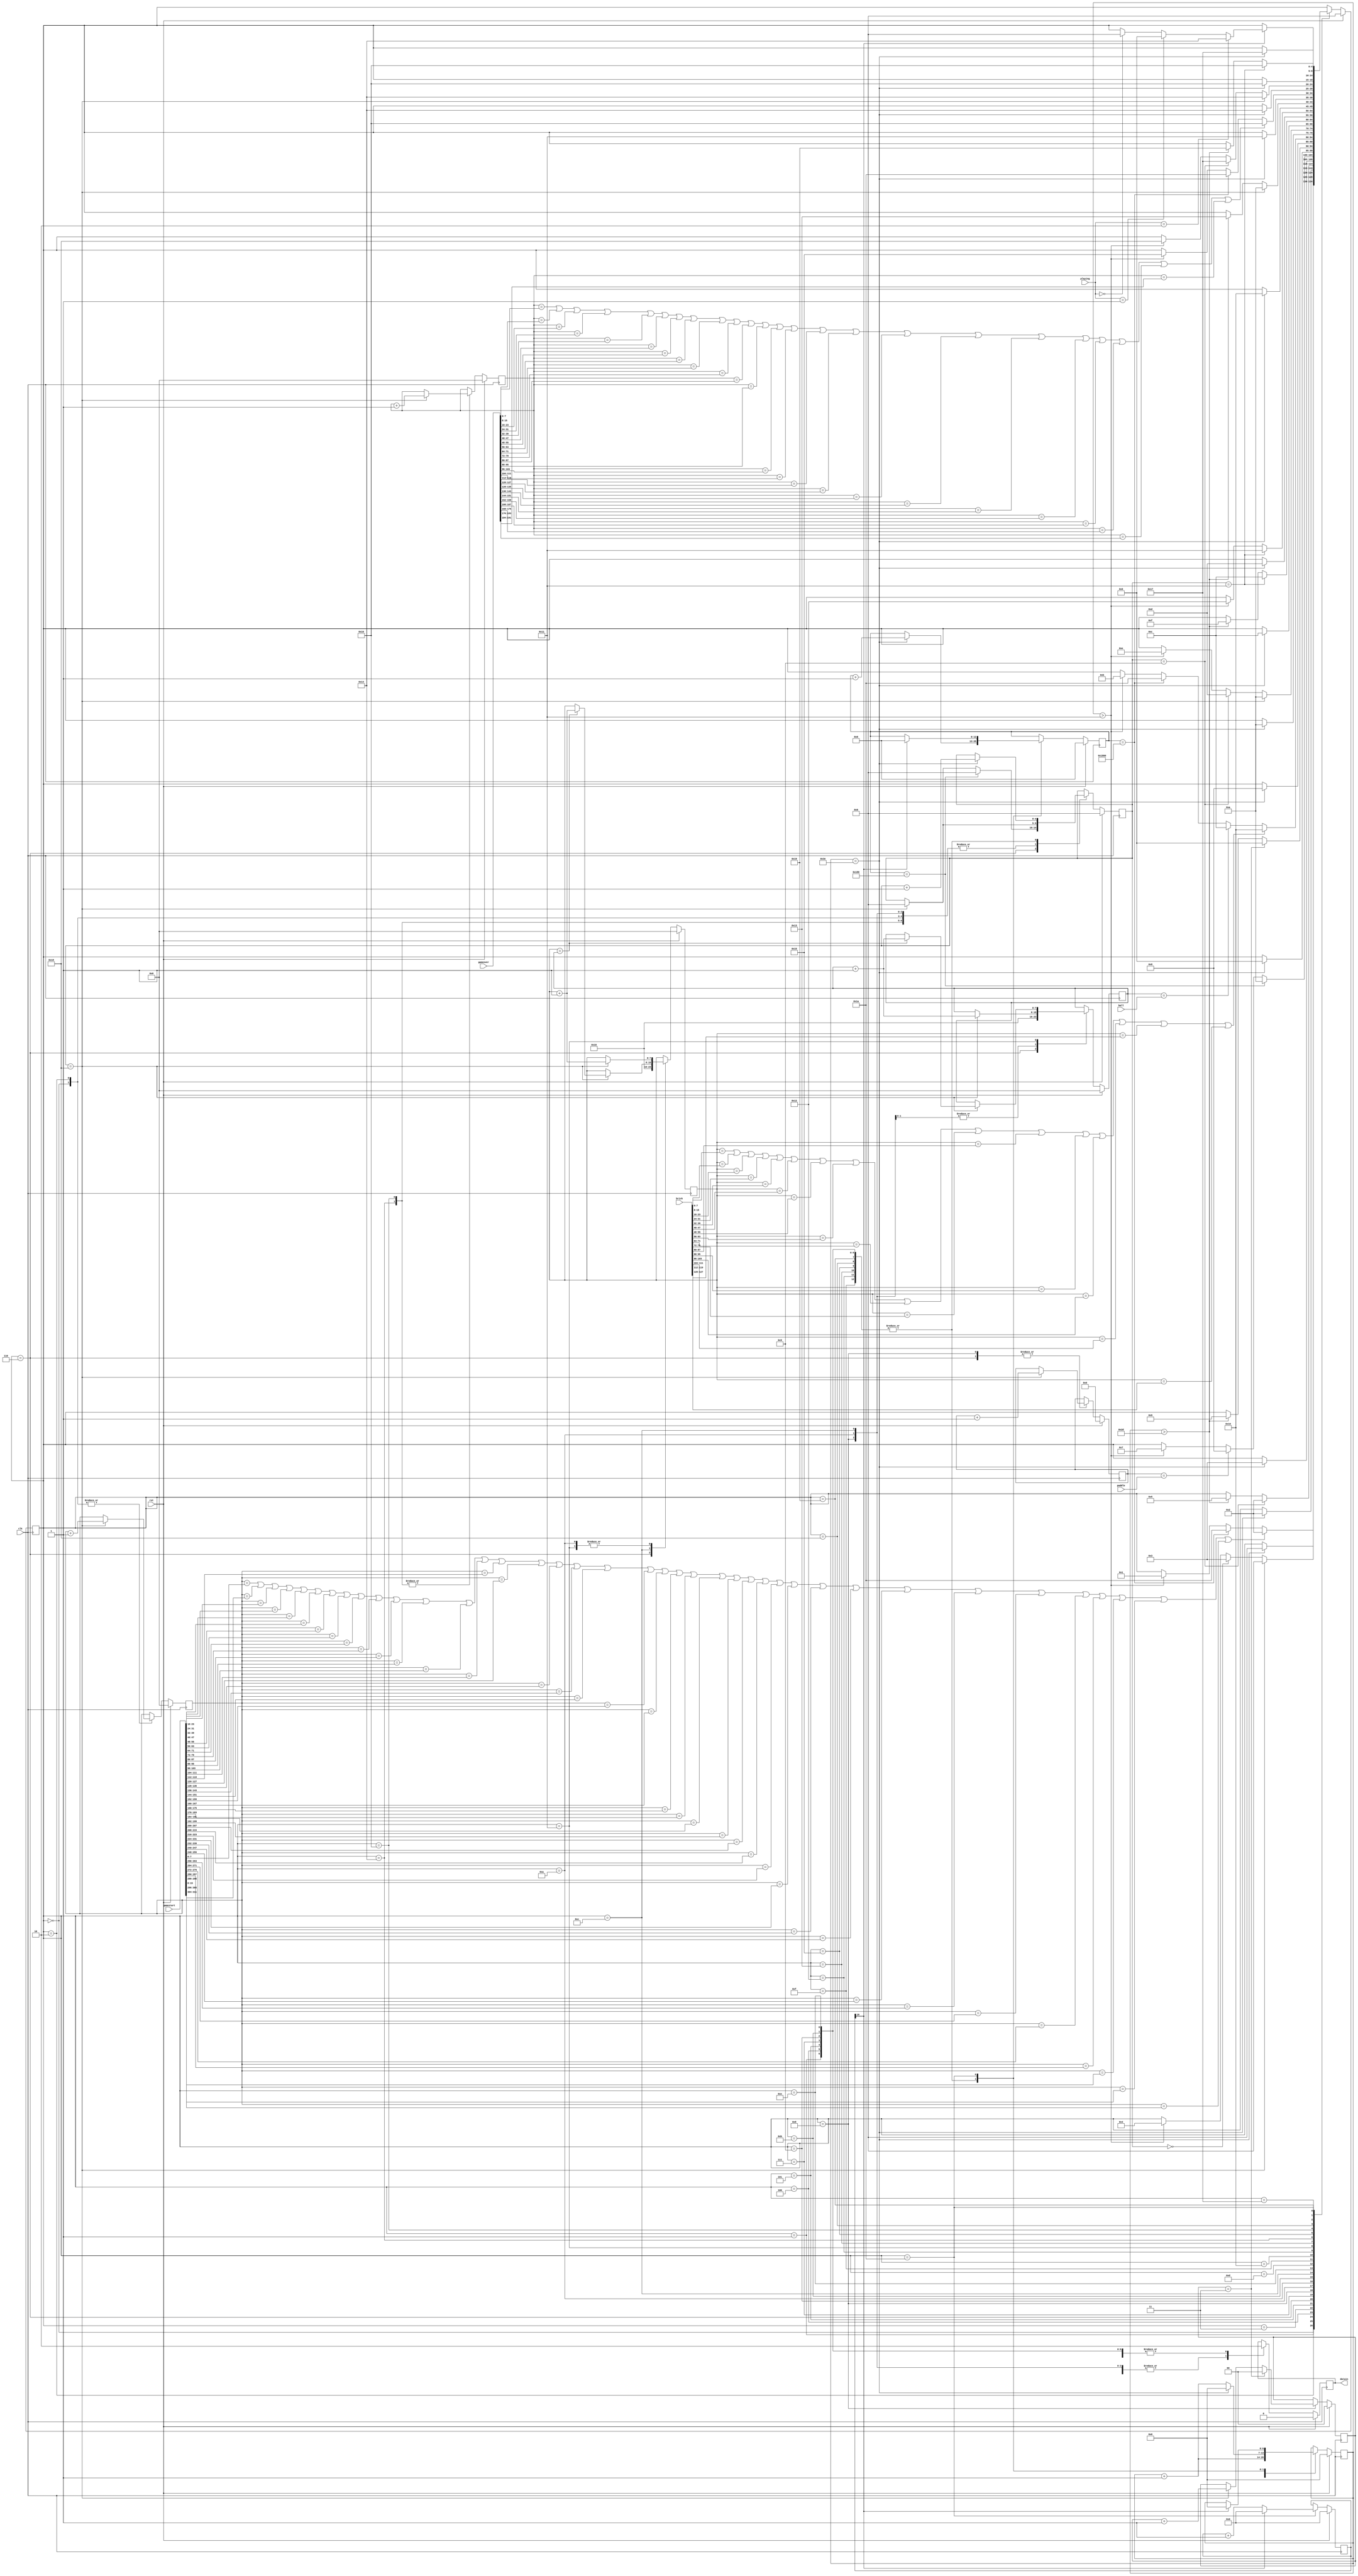
/*
   This file was generated automatically by the Mojo IDE version B1.3.6.
   Do not edit this file directly. Instead edit the original Lucid source.
   This is a temporary file and any changes made to it will be destroyed.
*/

module ws2812b_3 (
    input clk,
    input rst,
    input [3:0] paddle,
    input [7:0] ball,
    input [127:0] brick,
    output reg datain,
    input [1:0] playing,
    input [311:0] gamestart,
    input [191:0] gameover
  );
  
  
  
  reg [6:0] value;
  
  reg [6:0] M_timecounter_d, M_timecounter_q = 1'h0;
  reg [12:0] M_tbitcounter_d, M_tbitcounter_q = 1'h0;
  reg [4:0] M_bitcounter_d, M_bitcounter_q = 1'h0;
  reg [3:0] M_paddlecounter_d, M_paddlecounter_q = 1'h0;
  reg [1:0] M_paddlelencounter_d, M_paddlelencounter_q = 1'h0;
  reg [7:0] M_ballcounter_d, M_ballcounter_q = 1'h0;
  reg [7:0] M_gamestartcounter_d, M_gamestartcounter_q = 1'h0;
  reg [7:0] M_gameovercounter_d, M_gameovercounter_q = 1'h0;
  reg [7:0] M_brickcounter_d, M_brickcounter_q = 1'h0;
  reg M_bit_d, M_bit_q = 1'h0;
  reg [16:0] M_pause_d, M_pause_q = 1'h0;
  localparam GSONELOW_state = 5'd0;
  localparam GSZEROLOW_state = 5'd1;
  localparam GSGREENONELOW_state = 5'd2;
  localparam GSGREENONEHIGH_state = 5'd3;
  localparam GSGREENZEROLOW_state = 5'd4;
  localparam GSGREENZEROHIGH_state = 5'd5;
  localparam PONELOW_state = 5'd6;
  localparam PZEROLOW_state = 5'd7;
  localparam PONEHIGH_state = 5'd8;
  localparam PZEROHIGH_state = 5'd9;
  localparam BONELOW_state = 5'd10;
  localparam BZEROLOW_state = 5'd11;
  localparam BREDONELOW_state = 5'd12;
  localparam BREDONEHIGH_state = 5'd13;
  localparam BREDZEROLOW_state = 5'd14;
  localparam BREDZEROHIGH_state = 5'd15;
  localparam BBLUEONELOW_state = 5'd16;
  localparam BBLUEONEHIGH_state = 5'd17;
  localparam BBLUEZEROLOW_state = 5'd18;
  localparam BBLUEZEROHIGH_state = 5'd19;
  localparam GOONELOW_state = 5'd20;
  localparam GOZEROLOW_state = 5'd21;
  localparam GOREDONELOW_state = 5'd22;
  localparam GOREDONEHIGH_state = 5'd23;
  localparam GOREDZEROLOW_state = 5'd24;
  localparam GOREDZEROHIGH_state = 5'd25;
  localparam PAUSE_state = 5'd26;
  
  reg [4:0] M_state_d, M_state_q = GSONELOW_state;
  
  always @* begin
    M_state_d = M_state_q;
    M_pause_d = M_pause_q;
    M_bit_d = M_bit_q;
    M_paddlelencounter_d = M_paddlelencounter_q;
    M_paddlecounter_d = M_paddlecounter_q;
    M_brickcounter_d = M_brickcounter_q;
    M_gameovercounter_d = M_gameovercounter_q;
    M_ballcounter_d = M_ballcounter_q;
    M_bitcounter_d = M_bitcounter_q;
    M_gamestartcounter_d = M_gamestartcounter_q;
    M_tbitcounter_d = M_tbitcounter_q;
    M_timecounter_d = M_timecounter_q;
    
    value = 6'h2d;
    
    case (M_state_q)
      GSONELOW_state: begin
        M_bit_d = 1'h1;
        M_timecounter_d = M_timecounter_q + 1'h1;
        if (M_timecounter_q > 5'h11) begin
          M_state_d = GSZEROLOW_state;
        end
        if (M_bitcounter_q == 5'h18) begin
          M_gamestartcounter_d = M_gamestartcounter_q + 1'h1;
          M_bitcounter_d = 1'h0;
        end
        if (M_tbitcounter_q == 13'h1800) begin
          M_state_d = PAUSE_state;
        end
        if (M_gamestartcounter_q == gamestart[0+7-:8] || M_gamestartcounter_q == gamestart[8+7-:8] || M_gamestartcounter_q == gamestart[16+7-:8] || M_gamestartcounter_q == gamestart[24+7-:8] || M_gamestartcounter_q == gamestart[32+7-:8] || M_gamestartcounter_q == gamestart[40+7-:8] || M_gamestartcounter_q == gamestart[48+7-:8] || M_gamestartcounter_q == gamestart[56+7-:8] || M_gamestartcounter_q == gamestart[64+7-:8] || M_gamestartcounter_q == gamestart[72+7-:8] || M_gamestartcounter_q == gamestart[80+7-:8] || M_gamestartcounter_q == gamestart[88+7-:8] || M_gamestartcounter_q == gamestart[96+7-:8] || M_gamestartcounter_q == gamestart[104+7-:8] || M_gamestartcounter_q == gamestart[112+7-:8] || M_gamestartcounter_q == gamestart[120+7-:8] || M_gamestartcounter_q == gamestart[128+7-:8] || M_gamestartcounter_q == gamestart[136+7-:8] || M_gamestartcounter_q == gamestart[144+7-:8] || M_gamestartcounter_q == gamestart[152+7-:8] || M_gamestartcounter_q == gamestart[160+7-:8] || M_gamestartcounter_q == gamestart[168+7-:8] || M_gamestartcounter_q == gamestart[176+7-:8] || M_gamestartcounter_q == gamestart[184+7-:8] || M_gamestartcounter_q == gamestart[192+7-:8] || M_gamestartcounter_q == gamestart[200+7-:8] || M_gamestartcounter_q == gamestart[208+7-:8] || M_gamestartcounter_q == gamestart[216+7-:8] || M_gamestartcounter_q == gamestart[224+7-:8] || M_gamestartcounter_q == gamestart[232+7-:8] || M_gamestartcounter_q == gamestart[240+7-:8] || M_gamestartcounter_q == gamestart[248+7-:8] || M_gamestartcounter_q == gamestart[256+7-:8] || M_gamestartcounter_q == gamestart[264+7-:8] || M_gamestartcounter_q == gamestart[272+7-:8] || M_gamestartcounter_q == gamestart[280+7-:8] || M_gamestartcounter_q == gamestart[288+7-:8] || M_gamestartcounter_q == gamestart[296+7-:8] || M_gamestartcounter_q == gamestart[304+7-:8]) begin
          M_state_d = GSGREENONELOW_state;
        end
      end
      GSZEROLOW_state: begin
        M_bit_d = 1'h0;
        M_timecounter_d = M_timecounter_q + 1'h1;
        if (M_timecounter_q == 6'h3e) begin
          M_tbitcounter_d = M_tbitcounter_q + 1'h1;
          M_bitcounter_d = M_bitcounter_q + 1'h1;
          M_timecounter_d = 1'h0;
          M_state_d = GSONELOW_state;
        end
      end
      GSGREENONELOW_state: begin
        M_bit_d = 1'h1;
        M_timecounter_d = M_timecounter_q + 1'h1;
        if (M_timecounter_q > 5'h11) begin
          M_state_d = GSGREENZEROLOW_state;
        end
        if (M_bitcounter_q == 1'h0) begin
          M_state_d = GSGREENONEHIGH_state;
        end
        if (M_bitcounter_q == 5'h18) begin
          M_bitcounter_d = 1'h0;
          M_gamestartcounter_d = M_gamestartcounter_q + 1'h1;
          M_state_d = GSONELOW_state;
        end
      end
      GSGREENZEROLOW_state: begin
        M_bit_d = 1'h0;
        M_timecounter_d = M_timecounter_q + 1'h1;
        if (M_timecounter_q == 6'h3e) begin
          M_tbitcounter_d = M_tbitcounter_q + 1'h1;
          M_bitcounter_d = M_bitcounter_q + 1'h1;
          M_timecounter_d = 1'h0;
          M_state_d = GSGREENONELOW_state;
        end
      end
      GSGREENONEHIGH_state: begin
        M_bit_d = 1'h1;
        M_timecounter_d = M_timecounter_q + 1'h1;
        if (M_timecounter_q > value) begin
          M_state_d = GSGREENZEROHIGH_state;
        end
        if (M_bitcounter_q == 4'h9) begin
          M_state_d = GSGREENONELOW_state;
        end
      end
      GSGREENZEROHIGH_state: begin
        M_bit_d = 1'h0;
        M_timecounter_d = M_timecounter_q + 1'h1;
        if (M_timecounter_q == 6'h3e) begin
          M_tbitcounter_d = M_tbitcounter_q + 1'h1;
          M_bitcounter_d = M_bitcounter_q + 1'h1;
          M_timecounter_d = 1'h0;
          M_state_d = GSGREENONEHIGH_state;
        end
      end
      PONELOW_state: begin
        M_bit_d = 1'h1;
        M_ballcounter_d = 5'h10;
        M_brickcounter_d = 5'h10;
        M_timecounter_d = M_timecounter_q + 1'h1;
        if (M_timecounter_q > 5'h11) begin
          M_state_d = PZEROLOW_state;
        end
        if (M_bitcounter_q == 5'h18) begin
          M_paddlecounter_d = M_paddlecounter_q + 1'h1;
          M_bitcounter_d = 1'h0;
        end
        if (M_paddlecounter_q == paddle) begin
          M_state_d = PONEHIGH_state;
        end
        if (M_tbitcounter_q == 9'h180) begin
          M_bitcounter_d = 1'h0;
          M_state_d = BONELOW_state;
        end
      end
      PZEROLOW_state: begin
        M_bit_d = 1'h0;
        M_timecounter_d = M_timecounter_q + 1'h1;
        if (M_timecounter_q == 6'h3e) begin
          M_tbitcounter_d = M_tbitcounter_q + 1'h1;
          M_bitcounter_d = M_bitcounter_q + 1'h1;
          M_timecounter_d = 1'h0;
          M_state_d = PONELOW_state;
        end
      end
      PONEHIGH_state: begin
        M_bit_d = 1'h1;
        M_timecounter_d = M_timecounter_q + 1'h1;
        if (M_timecounter_q > value) begin
          M_state_d = PZEROHIGH_state;
        end
        if (M_bitcounter_q == 5'h18) begin
          M_paddlecounter_d = M_paddlecounter_q + 1'h1;
          M_paddlelencounter_d = M_paddlelencounter_q + 1'h1;
          M_bitcounter_d = 1'h0;
        end
        if (M_paddlelencounter_q == 2'h3) begin
          M_paddlelencounter_d = 1'h0;
          M_state_d = PONELOW_state;
        end
      end
      PZEROHIGH_state: begin
        M_bit_d = 1'h0;
        M_timecounter_d = M_timecounter_q + 1'h1;
        if (M_timecounter_q == 6'h3e) begin
          M_tbitcounter_d = M_tbitcounter_q + 1'h1;
          M_bitcounter_d = M_bitcounter_q + 1'h1;
          M_timecounter_d = 1'h0;
          M_state_d = PONEHIGH_state;
        end
      end
      BONELOW_state: begin
        M_bit_d = 1'h1;
        M_timecounter_d = M_timecounter_q + 1'h1;
        if (M_timecounter_q > 5'h11) begin
          M_state_d = BZEROLOW_state;
        end
        if (M_bitcounter_q == 5'h18) begin
          M_ballcounter_d = M_ballcounter_q + 1'h1;
          M_brickcounter_d = M_brickcounter_q + 1'h1;
          M_bitcounter_d = 1'h0;
        end
        if (M_tbitcounter_q == 13'h1800) begin
          M_state_d = PAUSE_state;
        end
        if (M_ballcounter_q == ball) begin
          M_state_d = BREDONELOW_state;
        end
        if (M_brickcounter_q == brick[0+7-:8] || M_brickcounter_q == brick[8+7-:8] || M_brickcounter_q == brick[16+7-:8] || M_brickcounter_q == brick[24+7-:8] || M_brickcounter_q == brick[32+7-:8] || M_brickcounter_q == brick[40+7-:8] || M_brickcounter_q == brick[48+7-:8] || M_brickcounter_q == brick[56+7-:8] || M_brickcounter_q == brick[64+7-:8] || M_brickcounter_q == brick[72+7-:8] || M_brickcounter_q == brick[80+7-:8] || M_brickcounter_q == brick[88+7-:8] || M_brickcounter_q == brick[96+7-:8] || M_brickcounter_q == brick[104+7-:8] || M_brickcounter_q == brick[112+7-:8] || M_brickcounter_q == brick[120+7-:8]) begin
          M_state_d = BBLUEONELOW_state;
        end
      end
      BZEROLOW_state: begin
        M_bit_d = 1'h0;
        M_timecounter_d = M_timecounter_q + 1'h1;
        if (M_timecounter_q == 6'h3e) begin
          M_tbitcounter_d = M_tbitcounter_q + 1'h1;
          M_bitcounter_d = M_bitcounter_q + 1'h1;
          M_timecounter_d = 1'h0;
          M_state_d = BONELOW_state;
        end
      end
      BREDONELOW_state: begin
        M_bit_d = 1'h1;
        M_timecounter_d = M_timecounter_q + 1'h1;
        if (M_timecounter_q > 5'h11) begin
          M_state_d = BREDZEROLOW_state;
        end
        if (M_bitcounter_q == 4'h9) begin
          M_state_d = BREDONEHIGH_state;
        end
        if (M_bitcounter_q == 5'h18) begin
          if (M_brickcounter_q == M_ballcounter_q) begin
            M_brickcounter_d = M_brickcounter_q + 1'h1;
          end
          M_bitcounter_d = 1'h0;
          M_ballcounter_d = M_ballcounter_q + 1'h1;
          M_state_d = BONELOW_state;
        end
      end
      BREDZEROLOW_state: begin
        M_bit_d = 1'h0;
        M_timecounter_d = M_timecounter_q + 1'h1;
        if (M_timecounter_q == 6'h3e) begin
          M_tbitcounter_d = M_tbitcounter_q + 1'h1;
          M_bitcounter_d = M_bitcounter_q + 1'h1;
          M_timecounter_d = 1'h0;
          M_state_d = BREDONELOW_state;
        end
      end
      BREDONEHIGH_state: begin
        M_bit_d = 1'h1;
        M_timecounter_d = M_timecounter_q + 1'h1;
        if (M_timecounter_q > value) begin
          M_state_d = BREDZEROHIGH_state;
        end
        if (M_bitcounter_q == 5'h11) begin
          M_state_d = BREDONELOW_state;
        end
      end
      BREDZEROHIGH_state: begin
        M_bit_d = 1'h0;
        M_timecounter_d = M_timecounter_q + 1'h1;
        if (M_timecounter_q == 6'h3e) begin
          M_tbitcounter_d = M_tbitcounter_q + 1'h1;
          M_bitcounter_d = M_bitcounter_q + 1'h1;
          M_timecounter_d = 1'h0;
          M_state_d = BREDONEHIGH_state;
        end
      end
      BBLUEONELOW_state: begin
        M_bit_d = 1'h1;
        M_timecounter_d = M_timecounter_q + 1'h1;
        if (M_timecounter_q > 5'h11) begin
          M_state_d = BBLUEZEROLOW_state;
        end
        if (M_bitcounter_q == 5'h11) begin
          M_state_d = BBLUEONEHIGH_state;
        end
      end
      BBLUEZEROLOW_state: begin
        M_bit_d = 1'h0;
        M_timecounter_d = M_timecounter_q + 1'h1;
        if (M_timecounter_q == 6'h3e) begin
          M_tbitcounter_d = M_tbitcounter_q + 1'h1;
          M_bitcounter_d = M_bitcounter_q + 1'h1;
          M_timecounter_d = 1'h0;
          M_state_d = BBLUEONELOW_state;
        end
      end
      BBLUEONEHIGH_state: begin
        M_bit_d = 1'h1;
        M_timecounter_d = M_timecounter_q + 1'h1;
        if (M_timecounter_q > value) begin
          M_state_d = BBLUEZEROHIGH_state;
        end
        if (M_bitcounter_q == 5'h18) begin
          if (M_brickcounter_q == M_ballcounter_q) begin
            M_ballcounter_d = M_ballcounter_q + 1'h1;
          end
          M_bitcounter_d = 1'h0;
          M_brickcounter_d = M_brickcounter_q + 1'h1;
          M_state_d = BONELOW_state;
        end
      end
      BBLUEZEROHIGH_state: begin
        M_bit_d = 1'h0;
        M_timecounter_d = M_timecounter_q + 1'h1;
        if (M_timecounter_q == 6'h3e) begin
          M_tbitcounter_d = M_tbitcounter_q + 1'h1;
          M_bitcounter_d = M_bitcounter_q + 1'h1;
          M_timecounter_d = 1'h0;
          M_state_d = BBLUEONEHIGH_state;
        end
      end
      GOONELOW_state: begin
        M_bit_d = 1'h1;
        M_timecounter_d = M_timecounter_q + 1'h1;
        if (M_timecounter_q > 5'h11) begin
          M_state_d = GOZEROLOW_state;
        end
        if (M_bitcounter_q == 5'h18) begin
          M_gameovercounter_d = M_gameovercounter_q + 1'h1;
          M_bitcounter_d = 1'h0;
        end
        if (M_tbitcounter_q == 13'h1800) begin
          M_state_d = PAUSE_state;
        end
        if (M_gameovercounter_q == gameover[0+7-:8] || M_gameovercounter_q == gameover[8+7-:8] || M_gameovercounter_q == gameover[16+7-:8] || M_gameovercounter_q == gameover[24+7-:8] || M_gameovercounter_q == gameover[32+7-:8] || M_gameovercounter_q == gameover[40+7-:8] || M_gameovercounter_q == gameover[48+7-:8] || M_gameovercounter_q == gameover[56+7-:8] || M_gameovercounter_q == gameover[64+7-:8] || M_gameovercounter_q == gameover[72+7-:8] || M_gameovercounter_q == gameover[80+7-:8] || M_gameovercounter_q == gameover[88+7-:8] || M_gameovercounter_q == gameover[96+7-:8] || M_gameovercounter_q == gameover[104+7-:8] || M_gameovercounter_q == gameover[112+7-:8] || M_gameovercounter_q == gameover[120+7-:8] || M_gameovercounter_q == gameover[128+7-:8] || M_gameovercounter_q == gameover[136+7-:8] || M_gameovercounter_q == gameover[144+7-:8] || M_gameovercounter_q == gameover[152+7-:8] || M_gameovercounter_q == gameover[160+7-:8] || M_gameovercounter_q == gameover[168+7-:8] || M_gameovercounter_q == gameover[176+7-:8] || M_gameovercounter_q == gameover[184+7-:8]) begin
          M_state_d = GOREDONELOW_state;
        end
      end
      GOZEROLOW_state: begin
        M_bit_d = 1'h0;
        M_timecounter_d = M_timecounter_q + 1'h1;
        if (M_timecounter_q == 6'h3e) begin
          M_tbitcounter_d = M_tbitcounter_q + 1'h1;
          M_bitcounter_d = M_bitcounter_q + 1'h1;
          M_timecounter_d = 1'h0;
          M_state_d = GOONELOW_state;
        end
      end
      GOREDONELOW_state: begin
        M_bit_d = 1'h1;
        M_timecounter_d = M_timecounter_q + 1'h1;
        if (M_timecounter_q > 5'h11) begin
          M_state_d = GOREDZEROLOW_state;
        end
        if (M_bitcounter_q == 4'h9) begin
          M_state_d = GOREDONEHIGH_state;
        end
        if (M_bitcounter_q == 5'h18) begin
          M_bitcounter_d = 1'h0;
          M_gameovercounter_d = M_gameovercounter_q + 1'h1;
          M_state_d = GOONELOW_state;
        end
      end
      GOREDZEROLOW_state: begin
        M_bit_d = 1'h0;
        M_timecounter_d = M_timecounter_q + 1'h1;
        if (M_timecounter_q == 6'h3e) begin
          M_tbitcounter_d = M_tbitcounter_q + 1'h1;
          M_bitcounter_d = M_bitcounter_q + 1'h1;
          M_timecounter_d = 1'h0;
          M_state_d = GOREDONELOW_state;
        end
      end
      GOREDONEHIGH_state: begin
        M_bit_d = 1'h1;
        M_timecounter_d = M_timecounter_q + 1'h1;
        if (M_timecounter_q > value) begin
          M_state_d = GOREDZEROHIGH_state;
        end
        if (M_bitcounter_q == 5'h11) begin
          M_state_d = GOREDONELOW_state;
        end
      end
      GOREDZEROHIGH_state: begin
        M_bit_d = 1'h0;
        M_timecounter_d = M_timecounter_q + 1'h1;
        if (M_timecounter_q == 6'h3e) begin
          M_tbitcounter_d = M_tbitcounter_q + 1'h1;
          M_bitcounter_d = M_bitcounter_q + 1'h1;
          M_timecounter_d = 1'h0;
          M_state_d = GOREDONEHIGH_state;
        end
      end
      PAUSE_state: begin
        M_bit_d = 1'h0;
        M_pause_d = M_pause_q + 1'h1;
        if (M_pause_q[16+0-:1] == 1'h1) begin
          M_tbitcounter_d = 1'h0;
          M_pause_d = 1'h0;
          M_timecounter_d = 1'h0;
          if (playing == 2'h0) begin
            M_state_d = GSONELOW_state;
          end
          if (playing == 2'h1) begin
            M_state_d = PONELOW_state;
          end
          if (playing == 2'h2) begin
            M_state_d = GOONELOW_state;
          end
        end
      end
    endcase
    datain = M_bit_q;
  end
  
  always @(posedge clk) begin
    if (rst == 1'b1) begin
      M_timecounter_q <= 1'h0;
      M_tbitcounter_q <= 1'h0;
      M_bitcounter_q <= 1'h0;
      M_paddlecounter_q <= 1'h0;
      M_paddlelencounter_q <= 1'h0;
      M_ballcounter_q <= 1'h0;
      M_gamestartcounter_q <= 1'h0;
      M_gameovercounter_q <= 1'h0;
      M_brickcounter_q <= 1'h0;
      M_bit_q <= 1'h0;
      M_pause_q <= 1'h0;
      M_state_q <= 1'h0;
    end else begin
      M_timecounter_q <= M_timecounter_d;
      M_tbitcounter_q <= M_tbitcounter_d;
      M_bitcounter_q <= M_bitcounter_d;
      M_paddlecounter_q <= M_paddlecounter_d;
      M_paddlelencounter_q <= M_paddlelencounter_d;
      M_ballcounter_q <= M_ballcounter_d;
      M_gamestartcounter_q <= M_gamestartcounter_d;
      M_gameovercounter_q <= M_gameovercounter_d;
      M_brickcounter_q <= M_brickcounter_d;
      M_bit_q <= M_bit_d;
      M_pause_q <= M_pause_d;
      M_state_q <= M_state_d;
    end
  end
  
endmodule